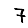
Digit: 7